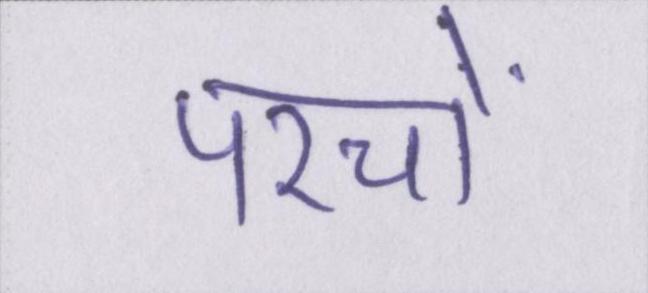
परचों